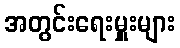
အတွင်းရေးမှူးများ